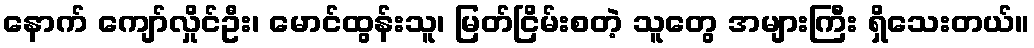
နောက် ကျော်လှိုင်ဦး၊ မောင်ထွန်းသူ၊ မြတ်ငြိမ်းစတဲ့ သူတွေ အများကြီး ရှိသေးတယ်။